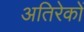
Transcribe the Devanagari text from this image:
अतिरेकों